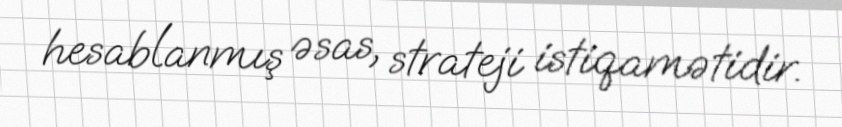
hesablanmış əsas, strateji istiqamətidir.